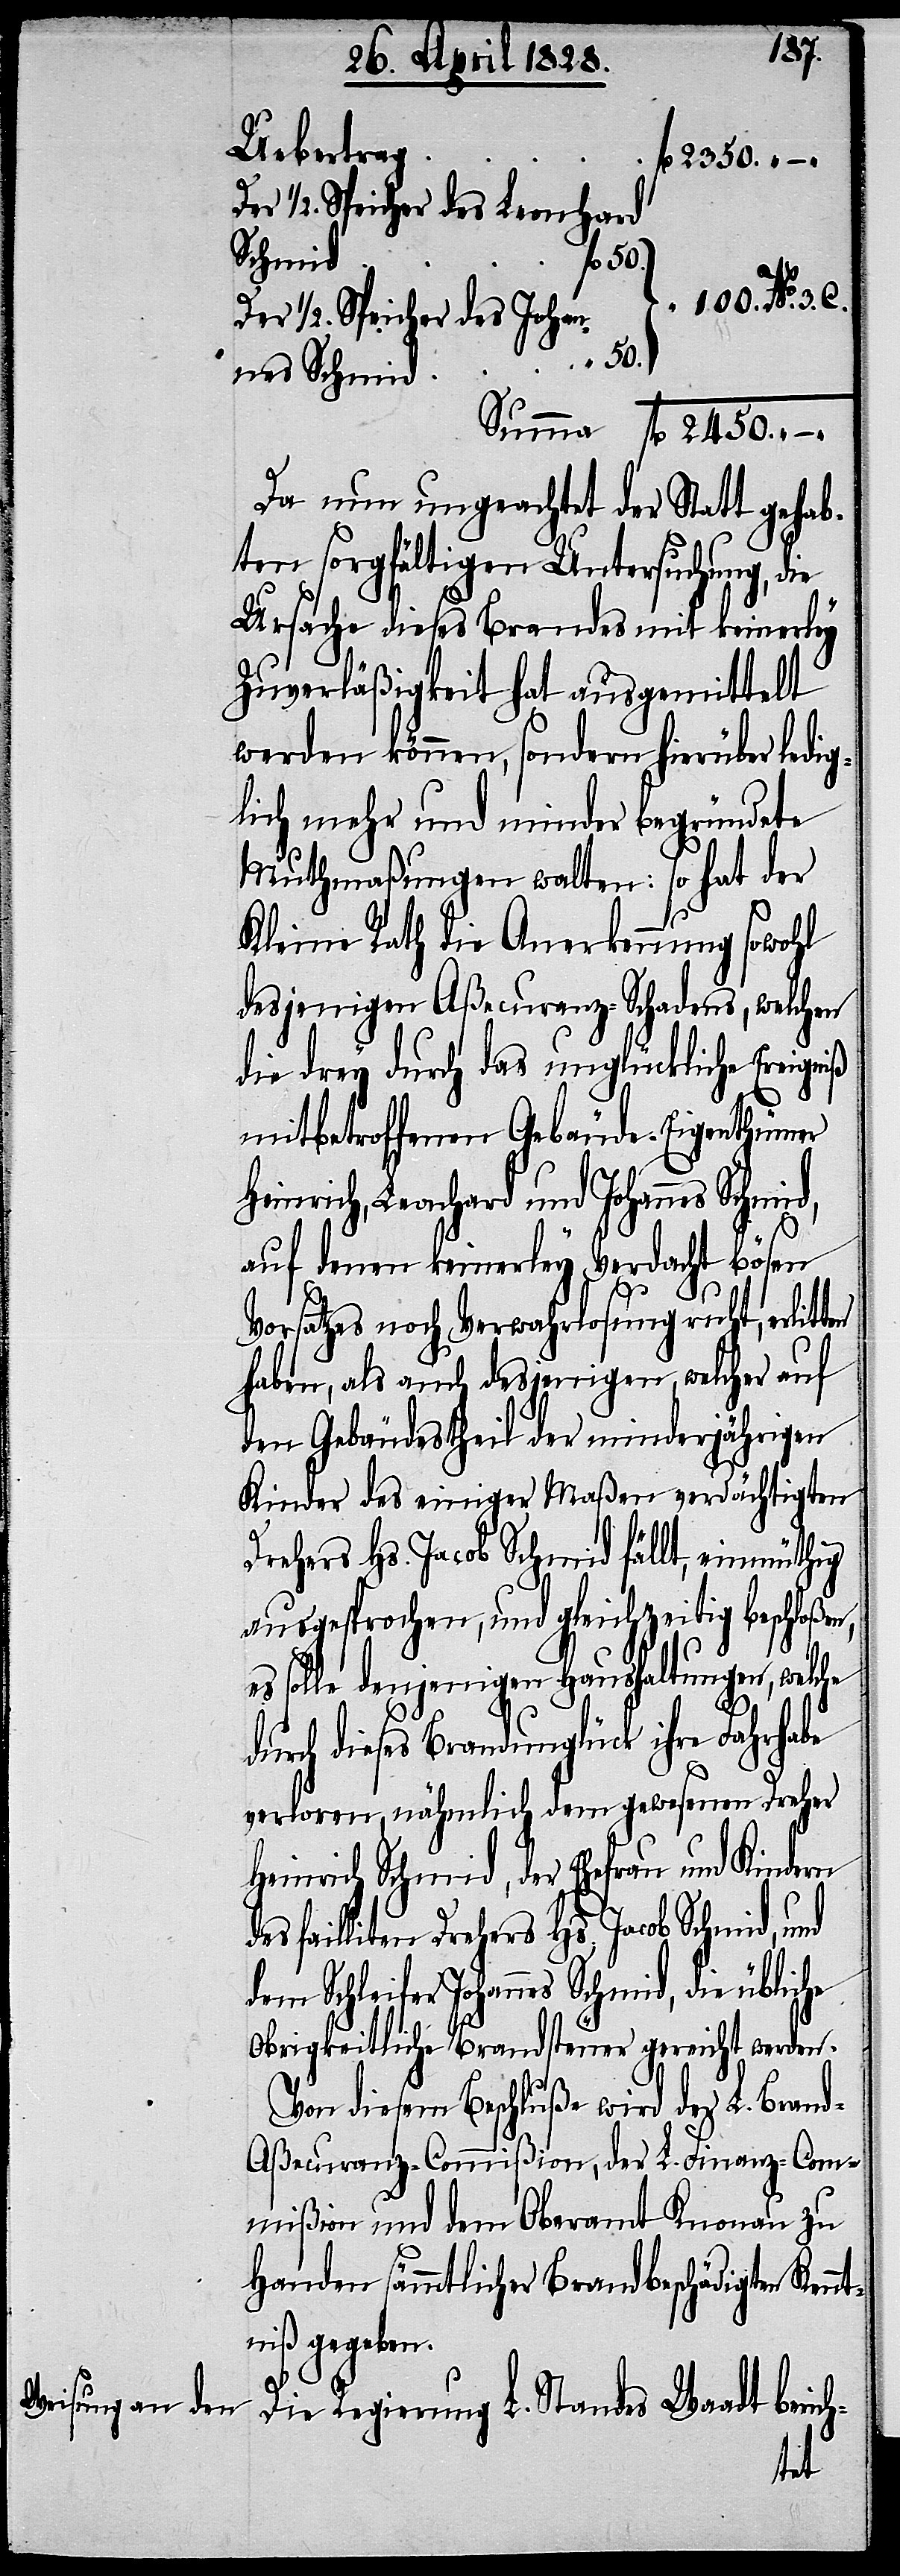
No. 3.
fl. 2450. –
1/2. Speicher des Leonhard
Schleif¬
fl. 50.
Der 1/2. Speicher des Johan¬
n,
nes Schmid
Da nun ungeachtet der Statt gehab¬
ten sorgfältigen Untersuchung, die
Ursache dieses Brandes mit keinerley
Zuverläßigkeit hat ausgemittelt
werden können, sondern hierüber ledig¬
lich mehr und minder begründete
Muthmaßungen walten: so hat der
Kleine Rath die Anerkennung sowohl
desjenigen Aßecuranz-Schadens, welchen
die drey durch das unglückliche Ereig¬
mitbetroffenen Gebäude-Eigenthümer
Heinrich, Leonhard und Johannes Schmid,
auf denen keinerley Verdacht bösen
Vorsatzes noch Verwahrlosung ruht, erlit¬
haben, als auch desjenigen, welcher auf
den Gebäudestheil der minderjährigen
Kinder des einiger Maßen verdächtigten
Drehers Hs. Jacob Schmid fällt, einmüthig
ausgesprochen, und gleichzeitig beschloße¬
es solle denjenigen Haushaltungen, welche
durch dieses Brandunglück ihre Fahrhabe
verloren, nähmlich dem gewesenen Dreher
Heinrich Schmid, der Ehefrau und Kindern
failliten Drehers Hs. Jacob Schmid,
er Johannes Schmid, die übliche
Obrigkeitliche Brandsteuer gereicht werden.
Von diesem Beschluße wird der L. Brand-A¬
ßecuranz-Commißion, der L. Finanz-Com¬
mißion und dem Oberamt Knonau zu
Handen sämmtlicher Brandbeschädigten Ken¬
ntniß gegeben.
Die Regierung L. Standes Waadt berich-
ten